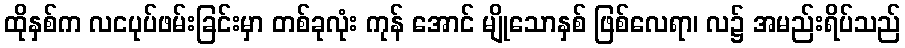
ထိုနှစ်က လငပုပ်ဖမ်းခြင်းမှာ တစ်ခုလုံး ကုန် အောင် မျိုသောနှစ် ဖြစ်လေရာ၊ လ၌ အမည်းရိပ်သည်